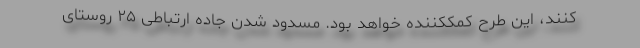
کنند، این طرح کمککننده خواهد بود. مسدود شدن جاده ارتباطی ۲۵ روستای